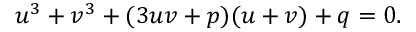
u ^ { 3 } + v ^ { 3 } + ( 3 u v + p ) ( u + v ) + q = 0 .